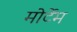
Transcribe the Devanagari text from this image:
मोर्टेम